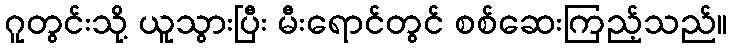
ဂူတွင်းသို့ ယူသွားပြီး မီးရောင်တွင် စစ်ဆေးကြည့်သည်။